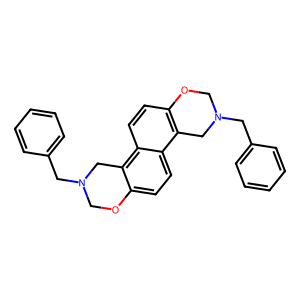
SMILES: c1ccc(CN2COc3ccc4c5c(ccc4c3C2)OCN(Cc2ccccc2)C5)cc1
Inhibits HIV replication: No